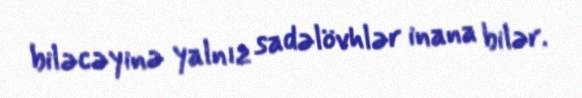
biləcəyinə yalnız sadəlövhlər inana bilər.